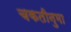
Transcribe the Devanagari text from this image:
चकतीनुमा